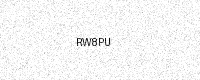
Text: RW8PU